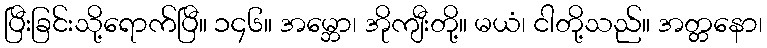
ပြီးခြင်းသို့ရောက်ပြီ။ ၁၄၆။ အမ္ဘော၊ အိုကျီးတို့။ မယံ၊ ငါတို့သည်။ အတ္တနော၊